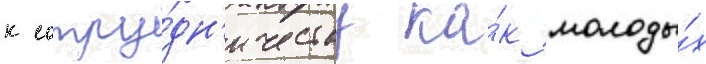
к сотру́дн'ичеству ка́к молоды́х